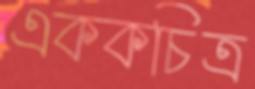
এককচিত্র